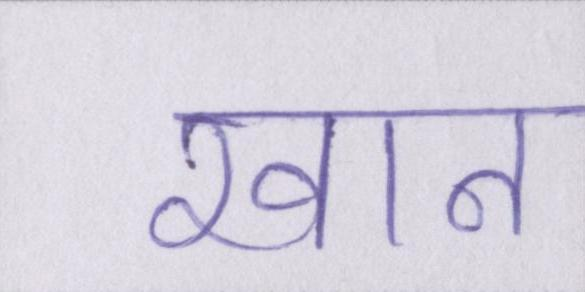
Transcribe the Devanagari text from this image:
खान